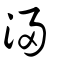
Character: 䆮